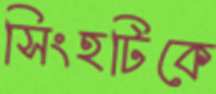
সিংহটিকে